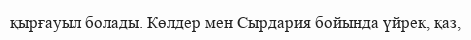
қырғауыл болады. Көлдер мен Сырдария бойында үйрек, қаз,